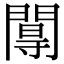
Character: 𨵏